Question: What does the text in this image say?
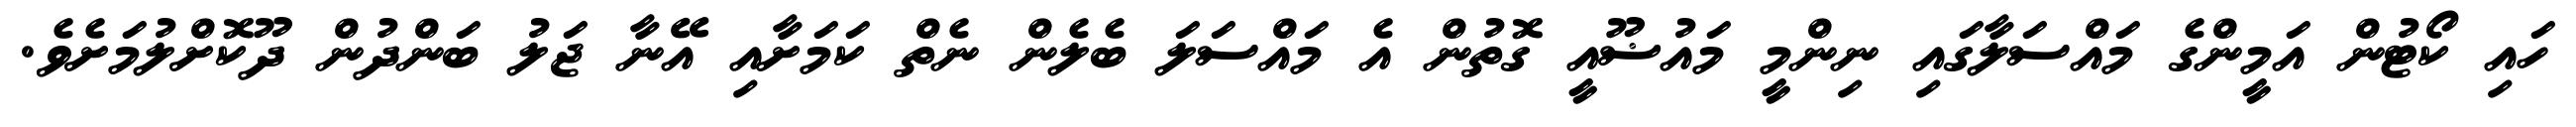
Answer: ހައި ކޯޓުން އަމީންގެ މައްސަލާގައި ނިންމީ މައުޟޫއީ ގޮތުން އެ މައްސަލަ ބެލެން ނެތް ކަމަށާއި އޭނާ ޖަލު ބަންދުން ދޫކޮށްލުމަށެވެ.